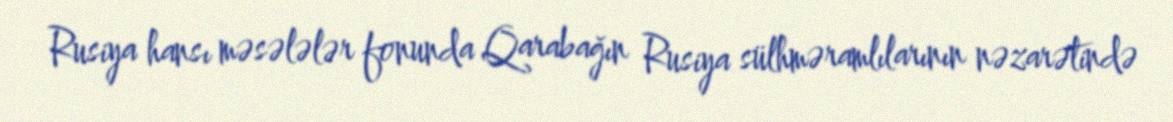
Rusiya hansı məsələlər fonunda Qarabağın Rusiya sülhməramlılarının nəzarətində